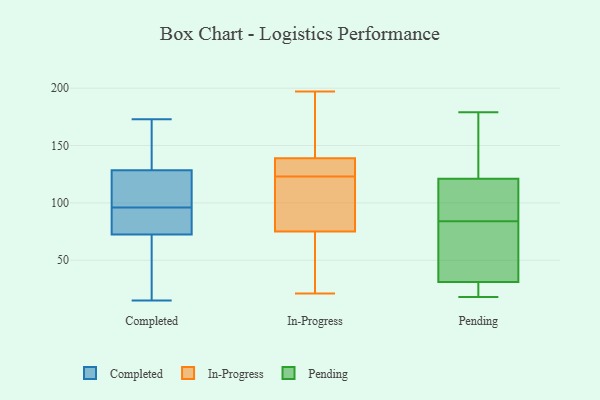
{"axis": {"x": "Page Views", "y": "Value"}, "legend": ["Completed", "In-Progress", "Pending"], "data": [{"x": "", "y": 43, "type": "Completed"}, {"x": "", "y": 173, "type": "Completed"}, {"x": "", "y": 143, "type": "Completed"}, {"x": "", "y": 134, "type": "Completed"}, {"x": "", "y": 28, "type": "Completed"}, {"x": "", "y": 97, "type": "Completed"}, {"x": "", "y": 88, "type": "Completed"}, {"x": "", "y": 84, "type": "Completed"}, {"x": "", "y": 47, "type": "Completed"}, {"x": "", "y": 102, "type": "Completed"}, {"x": "", "y": 104, "type": "Completed"}, {"x": "", "y": 15, "type": "Completed"}, {"x": "", "y": 152, "type": "Completed"}, {"x": "", "y": 95, "type": "Completed"}, {"x": "", "y": 109, "type": "Completed"}, {"x": "", "y": 123, "type": "Completed"}, {"x": "", "y": 88, "type": "Completed"}, {"x": "", "y": 135, "type": "Completed"}, {"x": "", "y": 61, "type": "Completed"}, {"x": "", "y": 92, "type": "Completed"}, {"x": "", "y": 21, "type": "In-Progress"}, {"x": "", "y": 116, "type": "In-Progress"}, {"x": "", "y": 77, "type": "In-Progress"}, {"x": "", "y": 134, "type": "In-Progress"}, {"x": "", "y": 101, "type": "In-Progress"}, {"x": "", "y": 42, "type": "In-Progress"}, {"x": "", "y": 130, "type": "In-Progress"}, {"x": "", "y": 157, "type": "In-Progress"}, {"x": "", "y": 138, "type": "In-Progress"}, {"x": "", "y": 197, "type": "In-Progress"}, {"x": "", "y": 140, "type": "In-Progress"}, {"x": "", "y": 73, "type": "In-Progress"}, {"x": "", "y": 96, "type": "Pending"}, {"x": "", "y": 18, "type": "Pending"}, {"x": "", "y": 19, "type": "Pending"}, {"x": "", "y": 107, "type": "Pending"}, {"x": "", "y": 179, "type": "Pending"}, {"x": "", "y": 31, "type": "Pending"}, {"x": "", "y": 121, "type": "Pending"}, {"x": "", "y": 72, "type": "Pending"}, {"x": "", "y": 61, "type": "Pending"}, {"x": "", "y": 133, "type": "Pending"}]}